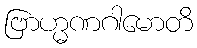
ဗြာဟ္မဏဂါမောတိ